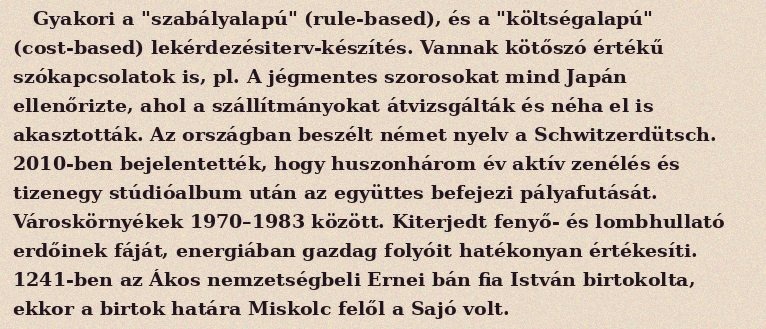
Gyakori a "szabályalapú" (rule-based), és a "költségalapú" (cost-based) lekérdezésiterv-készítés. Vannak kötőszó értékű szókapcsolatok is, pl. A jégmentes szorosokat mind Japán ellenőrizte, ahol a szállítmányokat átvizsgálták és néha el is akasztották. Az országban beszélt német nyelv a Schwitzerdütsch. 2010-ben bejelentették, hogy huszonhárom év aktív zenélés és tizenegy stúdióalbum után az együttes befejezi pályafutását. Városkörnyékek 1970–1983 között. Kiterjedt fenyő- és lombhullató erdőinek fáját, energiában gazdag folyóit hatékonyan értékesíti. 1241-ben az Ákos nemzetségbeli Ernei bán fia István birtokolta, ekkor a birtok határa Miskolc felől a Sajó volt.